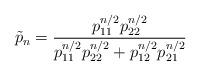
LaTeX: \begin{align*} \tilde{p}_n=\frac{p_{11}^{n/2}p_{22}^{n/2}}{p_{11}^{n/2}p_{22}^{n/2}+p_{12}^{n/2}p_{21}^{n/2}}\end{align*}